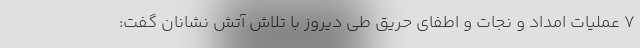
۷ عملیات امداد و نجات و اطفای حریق طی دیروز با تلاش آتش نشانان گفت: